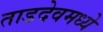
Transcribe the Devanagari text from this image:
ताडदेवमध्ये